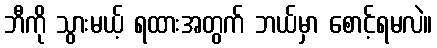
ဘီကို သွားမယ့် ရထားအတွက် ဘယ်မှာ စောင့်ရမလဲ။